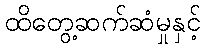
ထိတွေ့ဆက်ဆံမှုနှင့်